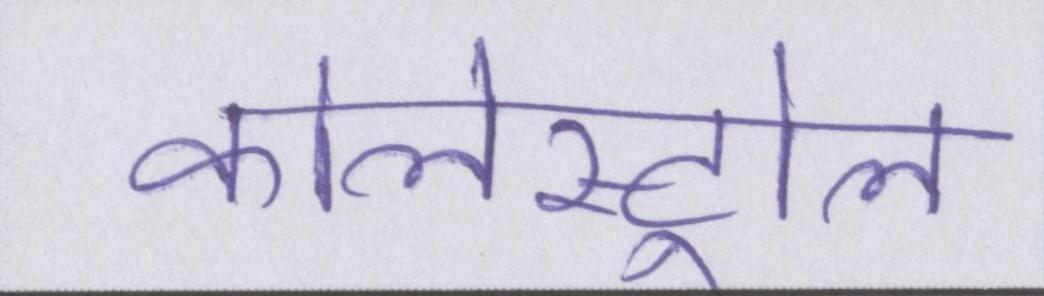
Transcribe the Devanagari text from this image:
कोलेस्ट्रोल